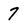
Character: 7